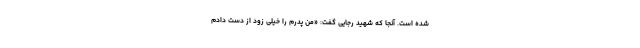
شده است. آنجا که شهید رجایی گفت: «من پدرم را خیلی زود از دست دادم